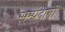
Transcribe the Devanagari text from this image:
सम्प्रदानों